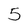
Character: 5